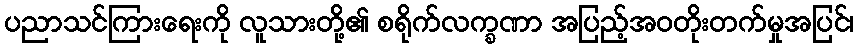
ပညာသင်ကြားရေးကို လူသားတို့၏ စရိုက်လက္ခဏာ အပြည့်အဝတိုးတက်မှုအပြင်၊